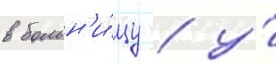
в больн'и́цу / у́